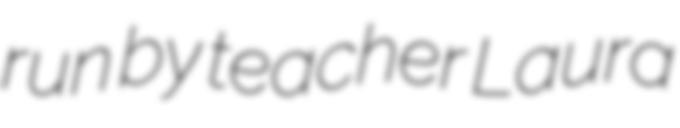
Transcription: run by teacher Laura